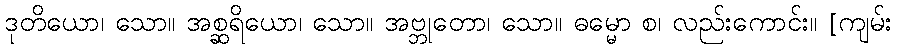
ဒုတိယော၊ သော။ အစ္ဆရိယော၊ သော။ အဗ္ဘုတော၊ သော။ ဓမ္မော စ၊ လည်းကောင်း။ [ကျမ်း